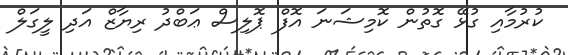
ކުރުމާއި ގުޅޭ ގޮތުން ކޮމިޝަނަ އޮފް ޕޮލިސް ޢަބްދު ރިޔާޒް އަދި ލީގަލް